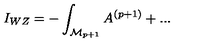
I _ { W Z } = - \int _ { { \cal M } _ { p + 1 } } A ^ { ( p + 1 ) } + . . .